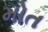
મોત